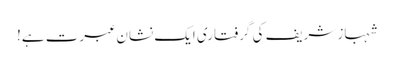
شہباز شریف کی گرفتاری ایک نشان عبرت ہے!